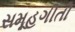
સમૂહગીતો